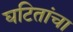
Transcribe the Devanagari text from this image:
घटितांचा